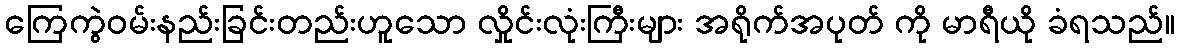
ကြေကွဲဝမ်းနည်းခြင်းတည်းဟူသော လှိုင်းလုံးကြီးများ အရိုက်အပုတ် ကို မာရီယို ခံရသည်။